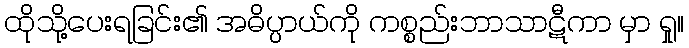
ထိုသို့ပေးရခြင်း၏ အဓိပ္ပာယ်ကို ကစ္စည်းဘာသာဋီကာ မှာ ရှု။